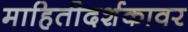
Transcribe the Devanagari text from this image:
माहितीदर्शकावर